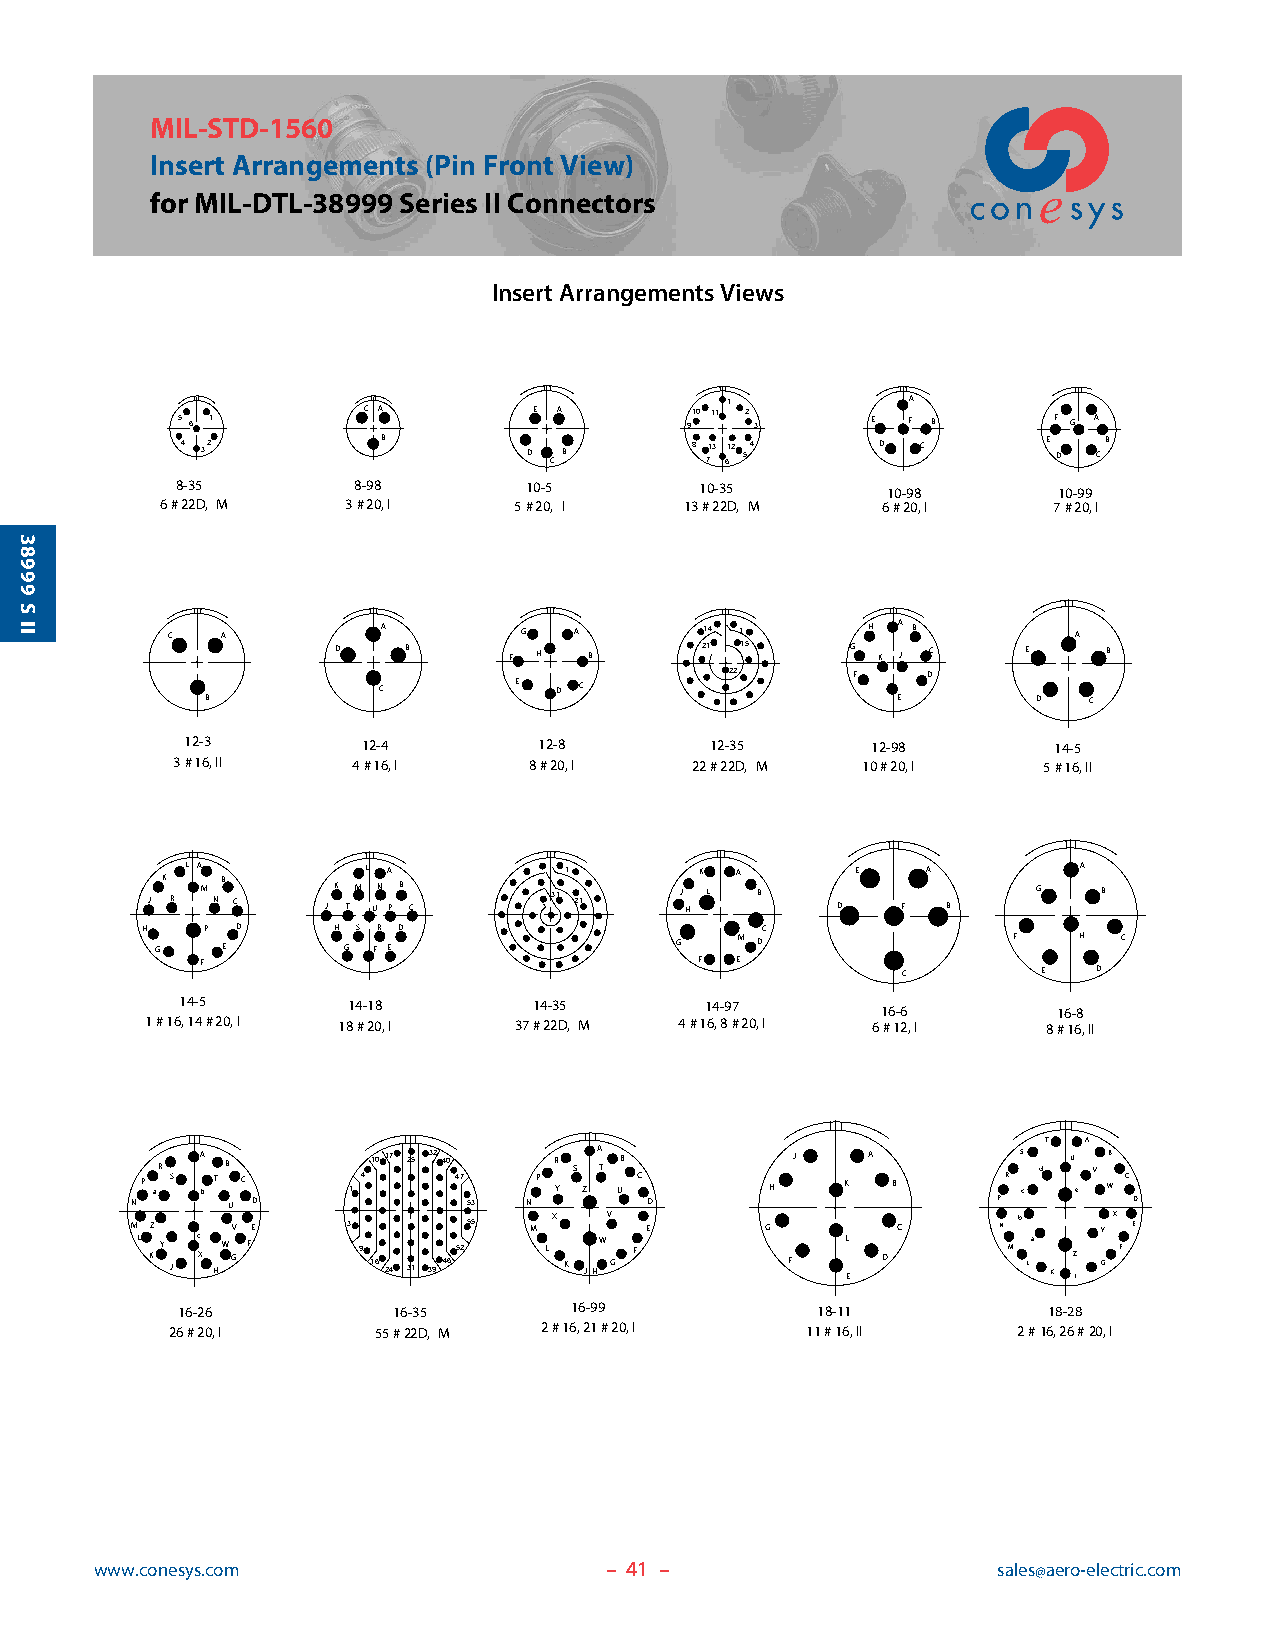
MIL-STD-1560
 Insert Arrangements (Pin Front View)
 for MIL-DTL-38999 Series II Connectors
 Insert Arrangements Views
 1           A
 5 6 1       C A        E A       910 11 2 3   E F B       F G A
 4 32         B         D C B      8 713 612 54 D C       E D CB
 8-35       8-98        10-5       10-35        10-98      10-99
 6#22D, M    3#20,I     5#20, I    13#22D, M    6#20,I      7#20,I
 C   A         A         G  A        14 1      H A B         A
 D    B      F H  B      21 15     G K J C     E    B
 22      F    D
 C        E  D C
 B                                            E         D  C
 12-3        12-4        12-8       12-35      12-98       14-5
 3#16,II     4#16,I      8#20,I     22#22D, M  10#20,I     5#16,II
 J K R L A M NB C JK TML UNA P B C 311 21 J H K L A B D E F A B G A B
 H   P  D     H S R D                     C
 G    E       G F E                 G   M D               F   H  C
 F                                F  E          C        E   D
 14-5       14-18       14-35       14-97      16-6        16-8
 1#16,14#20,I 18#20,I    37#22D, M  4#16,8#20,I  6#12,I     8#16,II
 T  A
 P aR S A b T B C 1 41017 25 32 40 47 P R Y S Z A T UB C H J K A B R S c d U e V WB C
 N     U D             53  N       D                      P        D
 M L KZ Y J c X HW GV FE 3 9 16 24 31 39465255 M LX K JHWV G F E G F L E D C N Mb La K Z J GY X F E
 16-26         16-35       16-99           18-11          18-28
 26#20,I       55#22D, M  2#16,21#20,I     11#16,II      2#16,26#20,I
 www.conesys.com                   – 4 1 –                   sales@aero-electric.com
 38999
 S
 II